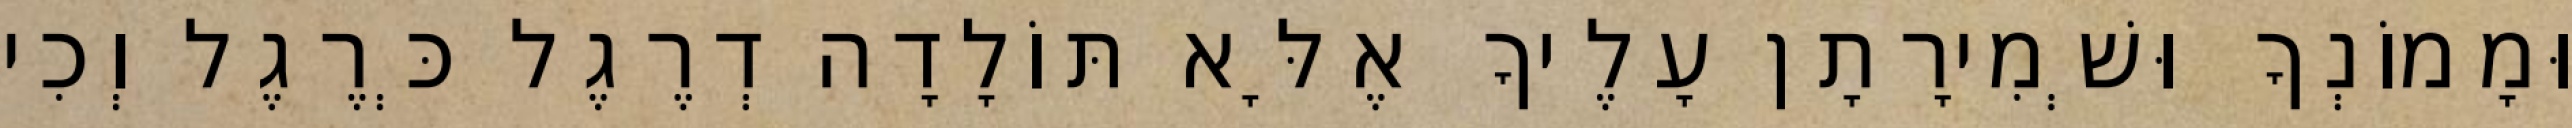
וּמָמוֹנְךָ וּשְׁמִירָתָן עָלֶיךָ אֶלָּא תּוֹלָדָה דְרֶגֶל כְּרֶגֶל וְכִי